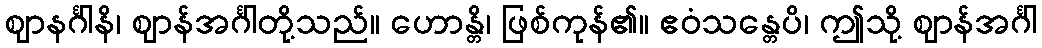
ဈာနင်္ဂါနိ၊ ဈာန်အင်္ဂါတို့သည်။ ဟောန္တိ၊ ဖြစ်ကုန်၏။ ဧဝံသန္တေပိ၊ ဤသို့ ဈာန်အင်္ဂါ